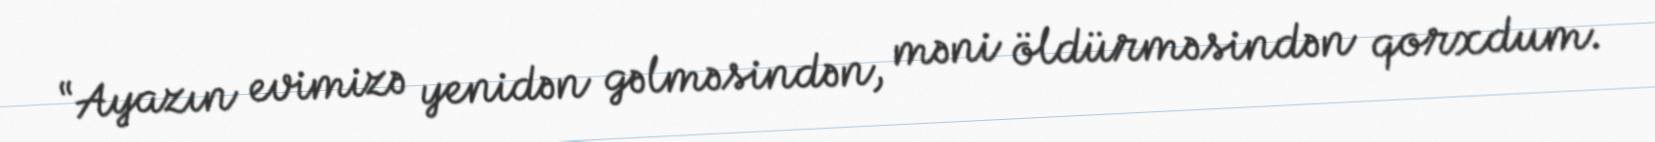
“Ayazın evimizə yenidən gəlməsindən, məni öldürməsindən qorxdum.